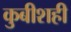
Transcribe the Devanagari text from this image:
कुबीशही